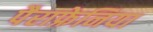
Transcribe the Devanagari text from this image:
पैराफ्रेनिया